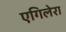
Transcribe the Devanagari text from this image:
एगिलेरा